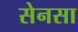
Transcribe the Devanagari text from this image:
सेनसा